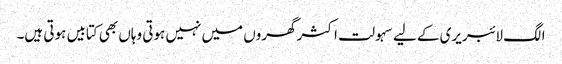
الگ لائبریری کے لیے سہولت اکثر گھروں میں نہیں ہوتی وہاں بھی کتابیں ہوتی ہیں۔